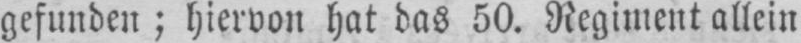
gefunden; hiervon hat das 50. Regiment allein